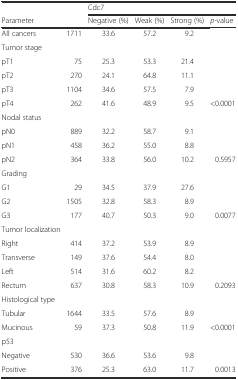
<table><thead><tr><td></td><td></td><td colspan="4"><b>Cdc7</b></td></tr><tr><td><b>Parameter</b></td><td></td><td><b>Negative (%)</b></td><td><b>Weak (%)</b></td><td><b>Strong (%)</b></td><td><b><i>p</i>-value</b></td></tr></thead><tbody><tr><td>All cancers</td><td>1711</td><td>33.6</td><td>57.2</td><td>9.2</td><td></td></tr><tr><td>Tumor stage</td><td></td><td></td><td></td><td></td><td></td></tr><tr><td>pT1</td><td>75</td><td>25.3</td><td>53.3</td><td>21.4</td><td></td></tr><tr><td>pT2</td><td>270</td><td>24.1</td><td>64.8</td><td>11.1</td><td></td></tr><tr><td>pT3</td><td>1104</td><td>34.6</td><td>57.5</td><td>7.9</td><td></td></tr><tr><td>pT4</td><td>262</td><td>41.6</td><td>48.9</td><td>9.5</td><td>&lt;0.0001</td></tr><tr><td>Nodal status</td><td></td><td></td><td></td><td></td><td></td></tr><tr><td>pN0</td><td>889</td><td>32.2</td><td>58.7</td><td>9.1</td><td></td></tr><tr><td>pN1</td><td>458</td><td>36.2</td><td>55.0</td><td>8.8</td><td></td></tr><tr><td>pN2</td><td>364</td><td>33.8</td><td>56.0</td><td>10.2</td><td>0.5957</td></tr><tr><td>Grading</td><td></td><td></td><td></td><td></td><td></td></tr><tr><td>G1</td><td>29</td><td>34.5</td><td>37.9</td><td>27.6</td><td></td></tr><tr><td>G2</td><td>1505</td><td>32.8</td><td>58.3</td><td>8.9</td><td></td></tr><tr><td>G3</td><td>177</td><td>40.7</td><td>50.3</td><td>9.0</td><td>0.0077</td></tr><tr><td>Tumor localization</td><td></td><td></td><td></td><td></td><td></td></tr><tr><td>Right</td><td>414</td><td>37.2</td><td>53.9</td><td>8.9</td><td></td></tr><tr><td>Transverse</td><td>149</td><td>37.6</td><td>54.4</td><td>8.0</td><td></td></tr><tr><td>Left</td><td>514</td><td>31.6</td><td>60.2</td><td>8.2</td><td></td></tr><tr><td>Rectum</td><td>637</td><td>30.8</td><td>58.3</td><td>10.9</td><td>0.2093</td></tr><tr><td>Histological type</td><td></td><td></td><td></td><td></td><td></td></tr><tr><td>Tubular</td><td>1644</td><td>33.5</td><td>57.6</td><td>8.9</td><td></td></tr><tr><td>Mucinous</td><td>59</td><td>37.3</td><td>50.8</td><td>11.9</td><td>&lt;0.0001</td></tr><tr><td>p53</td><td></td><td></td><td></td><td></td><td></td></tr><tr><td>Negative</td><td>530</td><td>36.6</td><td>53.6</td><td>9.8</td><td></td></tr><tr><td>Positive</td><td>376</td><td>25.3</td><td>63.0</td><td>11.7</td><td>0.0013</td></tr></tbody></table>